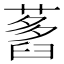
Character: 𦽭